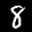
Label: 8